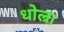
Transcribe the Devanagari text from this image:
धोल्रा